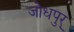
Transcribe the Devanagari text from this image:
जोधपुर्